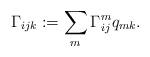
LaTeX: \begin{align*} \Gamma_{ijk}:=\sum_m \Gamma_{ij}^mq_{mk}.\end{align*}